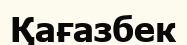
Қағазбек